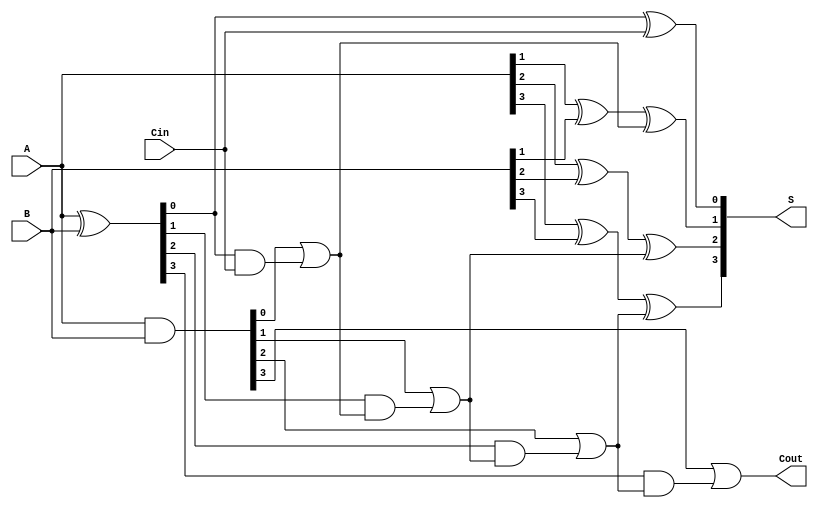
module conditional_sum_adder (
    input [3:0] A,      // 4-bit input A
    input [3:0] B,      // 4-bit input B
    input Cin,          // Carry-in
    output [3:0] S,     // 4-bit sum output
    output Cout         // Carry-out
);

    wire [3:0] G;       // Generate signals
    wire [3:0] P;       // Propagate signals
    wire [3:0] S1;      // Sum without carry-in
    wire [3:0] S2;      // Sum with carry-in
    wire [3:0] C;       // Carry signals

    // Generate and Propagate Logic
    assign G = A & B;                   // G[i] = A[i] AND B[i]
    assign P = A ^ B;                   // P[i] = A[i] XOR B[i]

    // Intermediate Sum Computation
    assign S1 = A ^ B ^ {4{Cin}};       // S1[i] = A[i] XOR B[i] XOR Cin
    assign S2[0] = (A[0] ^ B[0]) ^ Cin; // S2[0] = S1[0] (no carry-in)
    assign S2[1] = (A[1] ^ B[1]) ^ (G[0] | (P[0] & Cin)); // S2[1]
    assign S2[2] = (A[2] ^ B[2]) ^ (G[1] | (P[1] & (G[0] | (P[0] & Cin)))); // S2[2]
    assign S2[3] = (A[3] ^ B[3]) ^ (G[2] | (P[2] & (G[1] | (P[1] & (G[0] | (P[0] & Cin)))))); // S2[3]

    // Carry Generation
    assign C[0] = G[0] | (P[0] & Cin); // C[0]
    assign C[1] = G[1] | (P[1] & C[0]); // C[1]
    assign C[2] = G[2] | (P[2] & C[1]); // C[2]
    assign C[3] = G[3] | (P[3] & C[2]); // C[3]

    // Final Sum and Carry Output
    assign S = {S2[3], S2[2], S2[1], S1[0]}; // Final sum selection
    assign Cout = C[3]; // Final carry-out

endmodule